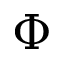
\Phi